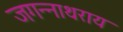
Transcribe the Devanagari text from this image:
जगन्नाथराय